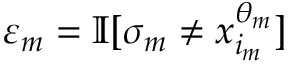
\varepsilon _ { m } = \mathbb { I } [ \sigma _ { m } \neq x _ { i _ { m } } ^ { \theta _ { m } } ]